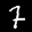
Label: 7